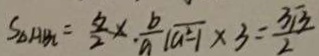
S _ { \Delta A B C } = \frac { 3 } { 2 } \times \frac { b } { a } \sqrt { a ^ { 2 } - 1 } \times 3 = \frac { 3 \sqrt { 3 } } { 2 }